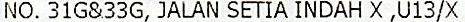
NO. 31G&33G, JALAN SETIA INDAH X ,U13/X